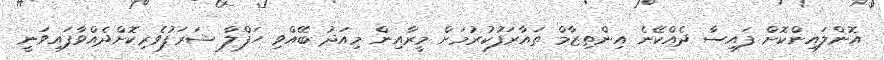
އޮންލައިންކޮށް ފައިސާ ދެއްކޭނެ އިންތިޒާމް ތައާރަފުކުރުމަށް މީރާއިން މިއަދު ބޭއްވި ހަފްލާ ޝަރަފުވެރިކޮށްދެއްވާފައިވަނީ